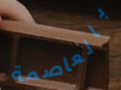
بالعاصمة